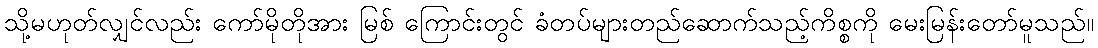
သို့မဟုတ်လျှင်လည်း ကော်မိုတိုအား မြစ် ကြောင်းတွင် ခံတပ်များတည်ဆောက်သည့်ကိစ္စကို မေးမြန်းတော်မူသည်။